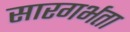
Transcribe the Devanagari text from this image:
सारगर्भता